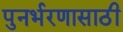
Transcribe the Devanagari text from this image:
पुनर्भरणासाठी